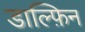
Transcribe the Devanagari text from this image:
डाल्फ़िन